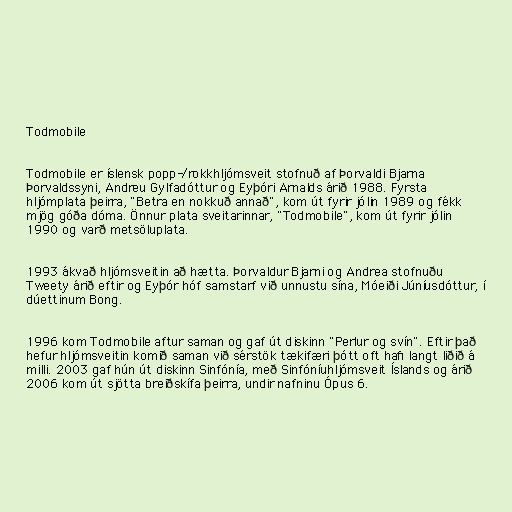
Todmobile

Todmobile er íslensk popp-/rokkhljómsveit stofnuð af Þorvaldi Bjarna
Þorvaldssyni, Andreu Gylfadóttur og Eyþóri Arnalds árið 1988. Fyrsta
hljómplata þeirra, "Betra en nokkuð annað", kom út fyrir jólin 1989 og fékk
mjög góða dóma. Önnur plata sveitarinnar, "Todmobile", kom út fyrir jólin
1990 og varð metsöluplata.

1993 ákvað hljómsveitin að hætta. Þorvaldur Bjarni og Andrea stofnuðu
Tweety árið eftir og Eyþór hóf samstarf við unnustu sína, Móeiði Júníusdóttur, í
dúettinum Bong.

1996 kom Todmobile aftur saman og gaf út diskinn "Perlur og svín". Eftir það
hefur hljómsveitin komið saman við sérstök tækifæri þótt oft hafi langt liðið á
milli. 2003 gaf hún út diskinn Sinfónía, með Sinfóníuhljómsveit Íslands og árið
2006 kom út sjötta breiðskífa þeirra, undir nafninu Ópus 6.